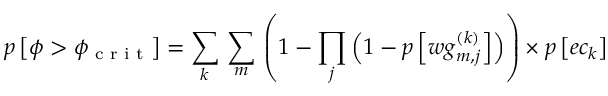
p \left[ \phi > \phi _ { \textrm { c r i t } } \right] = \sum _ { k } { } \sum _ { m } { } \left( 1 - \prod _ { j } \left( 1 - p \left[ w g _ { m , j } ^ { ( k ) } \right] \right) \right) \times p \left[ e c _ { k } \right]